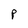
Character: P